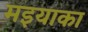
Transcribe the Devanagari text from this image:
मइयाका